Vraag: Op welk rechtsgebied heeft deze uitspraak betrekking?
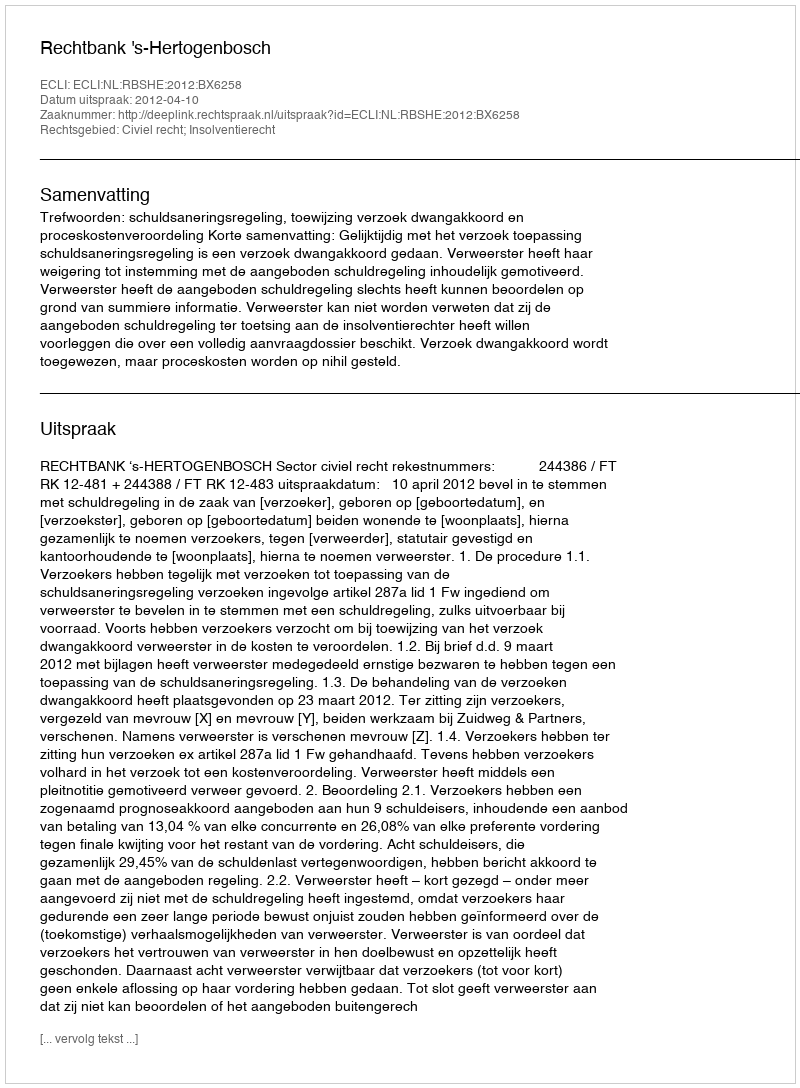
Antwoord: Civiel recht; Insolventierecht